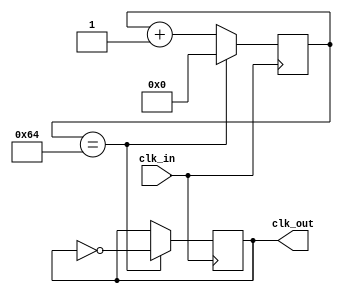
module freq_div3
(
    input clk_in,
	 output reg clk_out
);

    reg [16:0]count1;

	 parameter CLK_FREQ=153600;
    localparam N1=CLK_FREQ/768;

always@(posedge clk_in)
	begin
			if(count1==N1/2)
				begin 
				    count1<=0;
					 clk_out<=~clk_out;
				end
			else 	count1<=count1+1;
			
	end	
	
endmodule